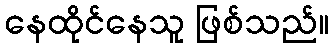
နေထိုင်နေသူ ဖြစ်သည်။